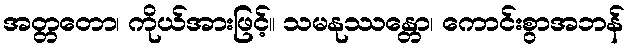
အတ္တတော၊ ကိုယ်အားဖြင့်။ သမနုဿန္တော၊ ကောင်းစွာအဘန်